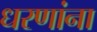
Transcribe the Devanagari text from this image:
धरणांना